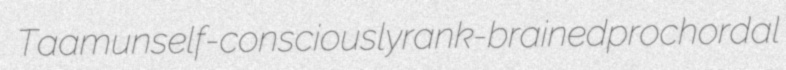
Taam unself-consciously rank-brained prochordal